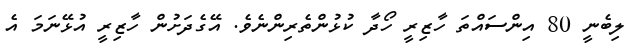
ލިބެނީ 80 އިންސައްތަ ހާޒިރީ ހޯދާ ކުޅުންތެރިންނެވެ. އޭގެދަށުން ހާޒިރީ އުޅޭނަމަ އެ